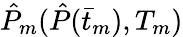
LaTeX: \hat{P}_{m}(\hat{P}(\bar{t}_{m}),T_{m})